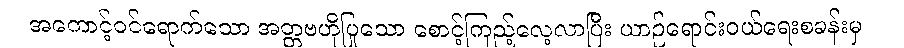
အကောင့်ဝင်ရောက်သော အတ္တဗဟိုပြုသော စောင့်ကြည့်လေ့လာပြီး ယာဉ်ရောင်းဝယ်ရေးစခန်းမှ